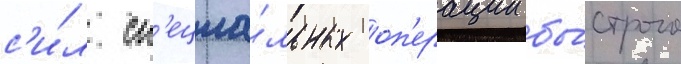
с'и́л сп'ециа́льных оп'ерации бы́строго